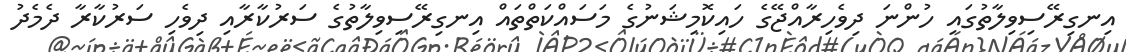
އިނގިރޭސިވިލާތުގައި ހުންނަ ދިވެހިރާއްޖޭގެ ހައިކޮމިޝަނުގެ މަސައްކަތްތައް އިނގިރޭސިވިލާތުގެ ސަރުކާރާއި ދިވެހި ސަރުކާރާ ދެމެދު